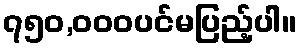
၇၅၀,၀၀၀ပင်မပြည့်ပါ။